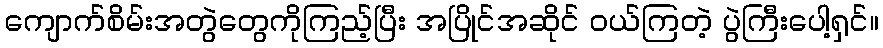
ကျောက်စိမ်းအတွဲတွေကိုကြည့်ပြီး အပြိုင်အဆိုင် ဝယ်ကြတဲ့ ပွဲကြီးပေါ့ရှင်။